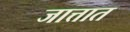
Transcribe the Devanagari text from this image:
जात्तात